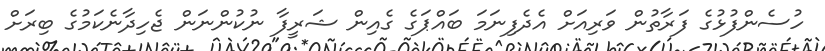
ހުސެންފުޅުގެ ފަރާތުން ވަރިއަށް އެދެފިނަމަ ބައްޕަގެ ގެއިން ޝަރީފާ ނުކުންނަން ޖެހިދާނެކަމުގެ ބިރަށް